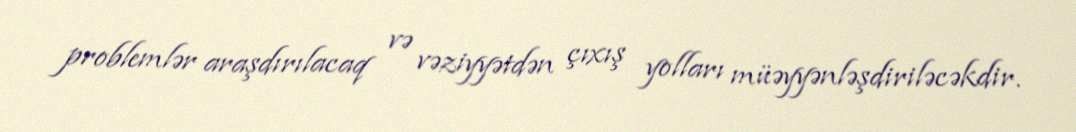
problemlər araşdırılacaq və vəziyyətdən çıxış yolları müəyyənləşdiriləcəkdir.